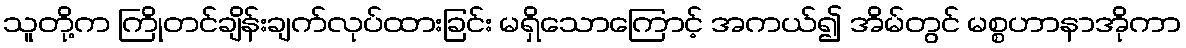
သူတို့က ကြိုတင်ချိန်းချက်လုပ်ထားခြင်း မရှိသောကြောင့် အကယ်၍ အိမ်တွင် မစ္စဟာနာအိုကာ